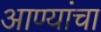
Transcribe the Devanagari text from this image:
आण्यांचा